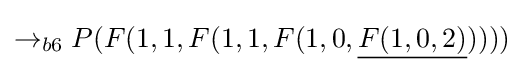
\rightarrow _{b6}P(F(1,1,F(1,1,F(1,0,{\underline {F(1,0,2)}}))))